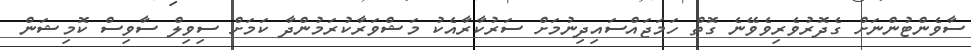
ސާވެންޓުންނަށް ގެދޮރުވެރިވެވޭނެ ގޮތް ހަމަޖައްސައިދިނުމަށް ސަރުކާރާއެކު މަޝްވަރާކުރަމުންދާ ކަމަށް ސިވިލް ސާވިސް ކޮމިޝަން